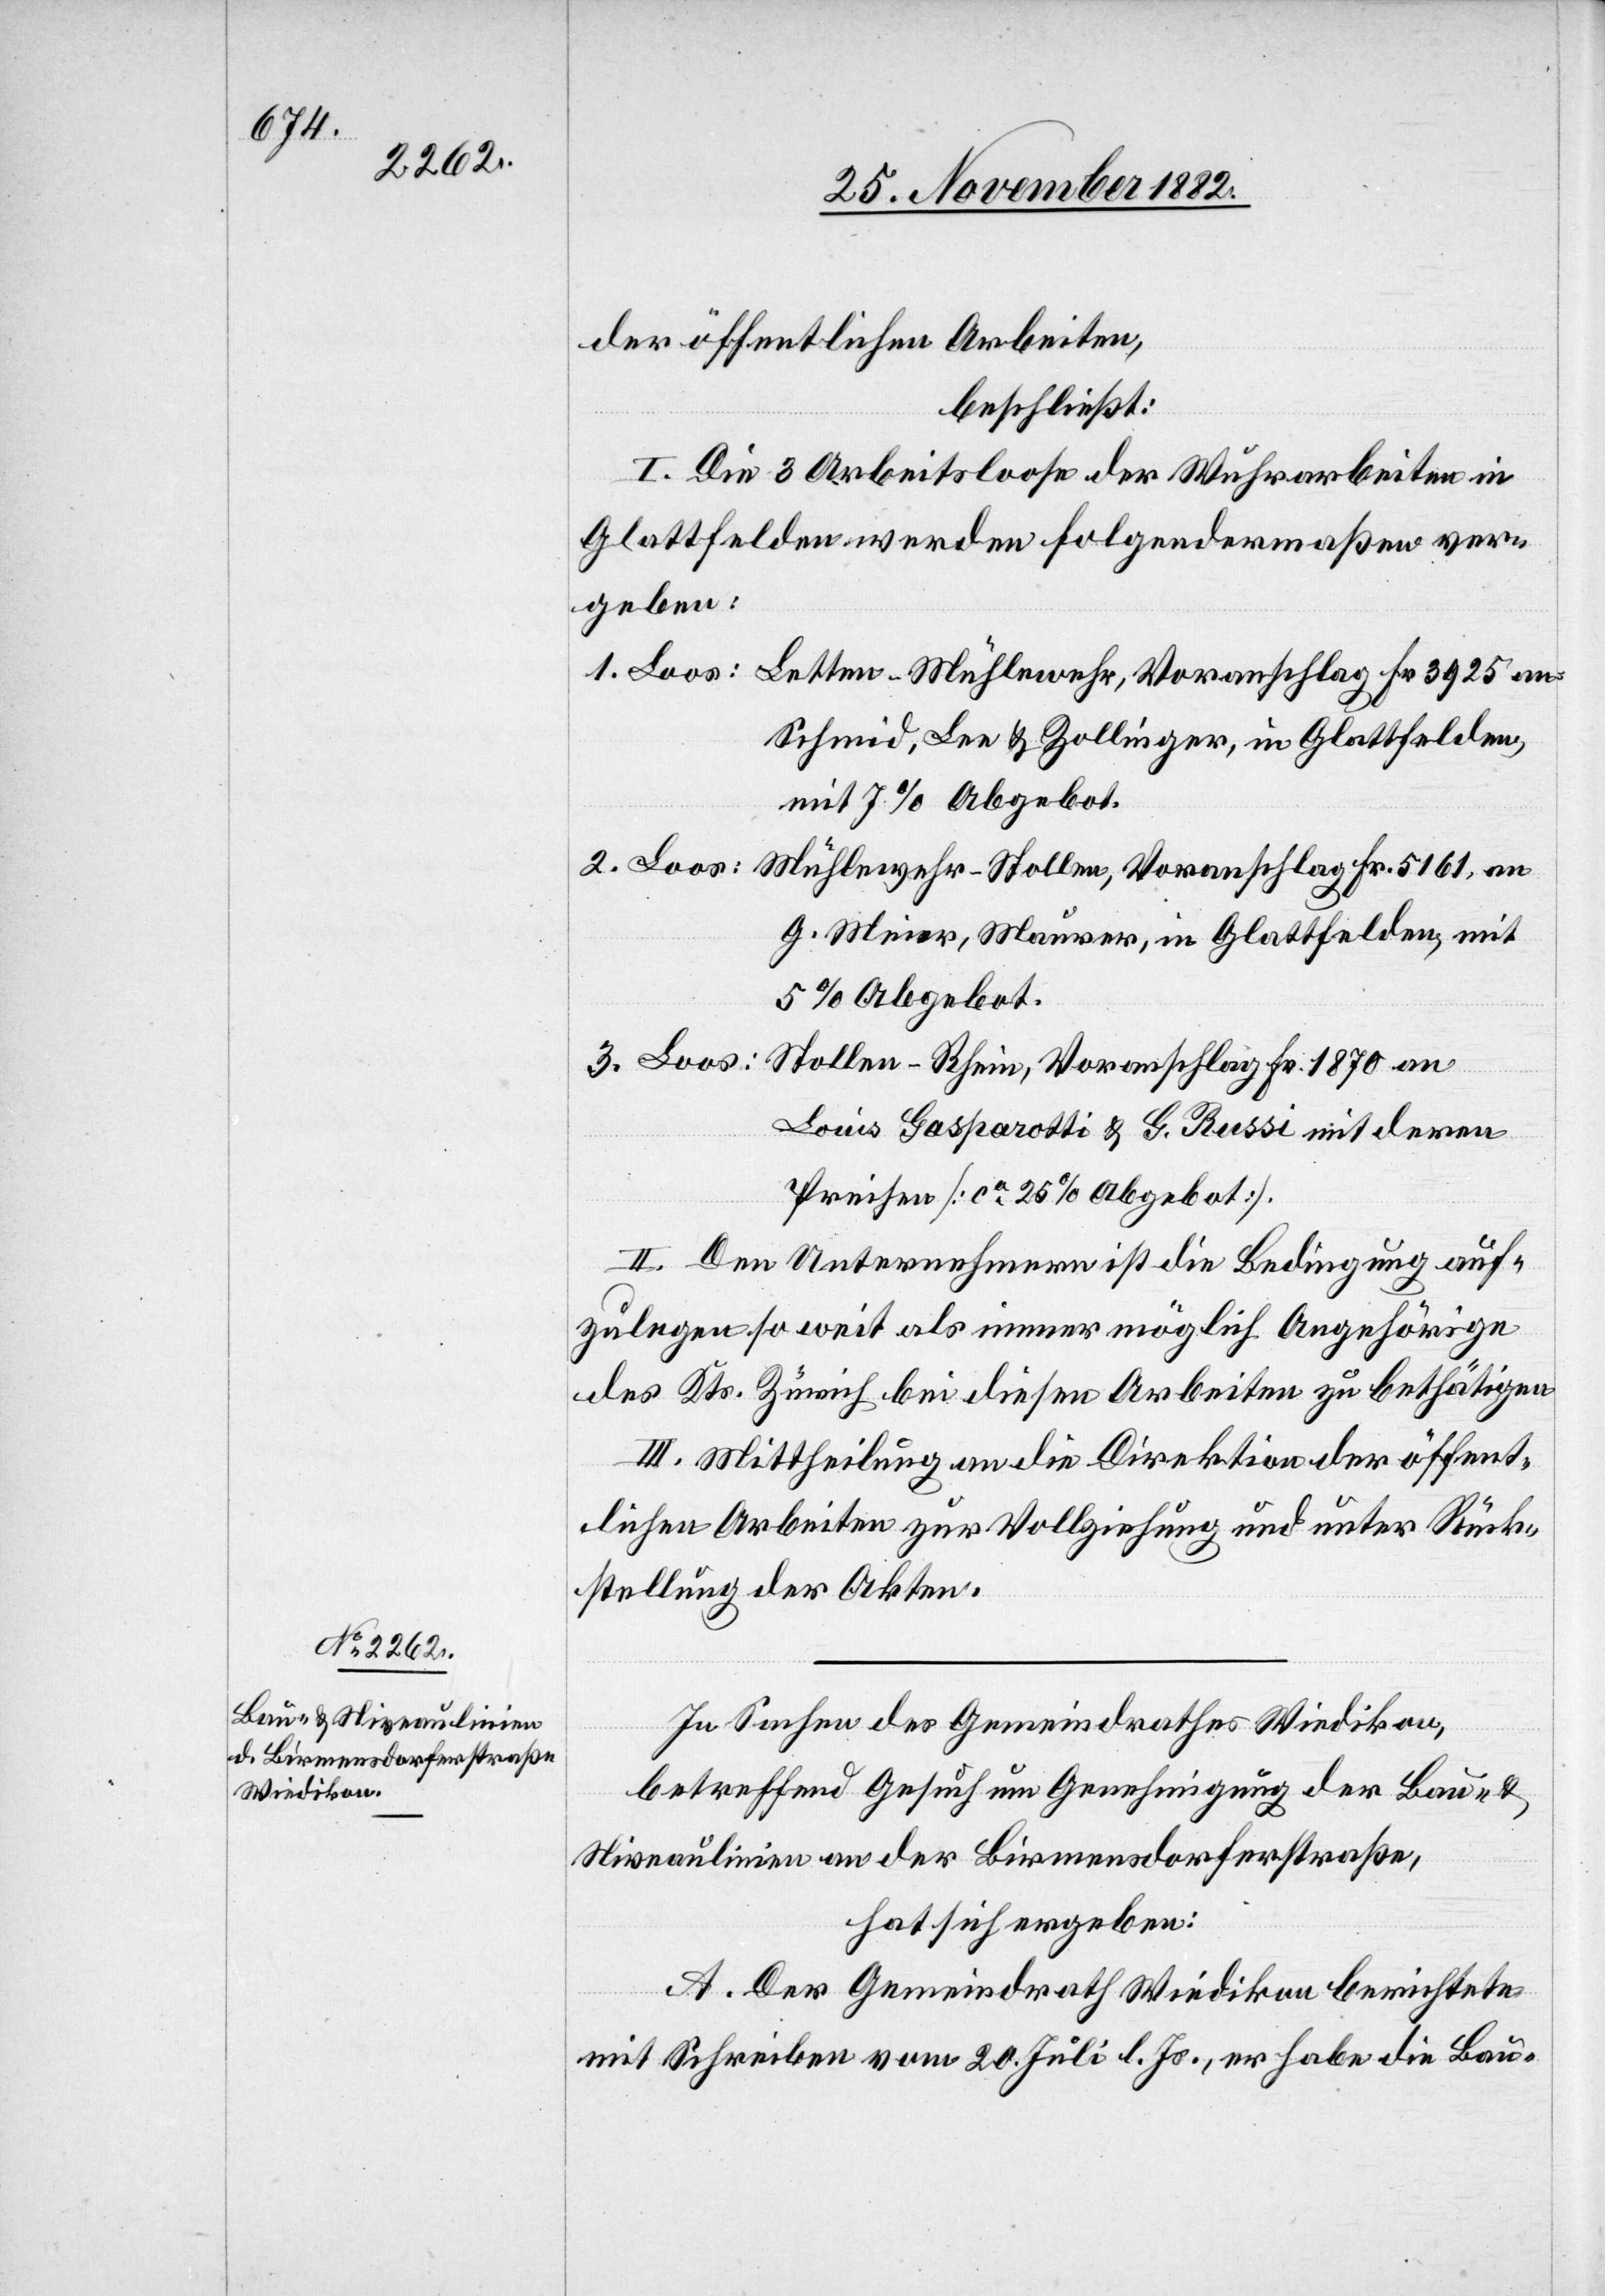
der öffentlichen Arbeiten,
beschließt:
I. Die 3 Arbeitsloose der Wuhrarbeiten in
Glattfelden werden folgendermaßen ver¬
geben:
1. Loos: Letten-Mühlewehr, Voranschlag Fr. 3925 an
Schmid, Leu & Zollinger, in Glattfelden,
mit 7% Abgebot.
2. Loos: Mühlewehr-Stollen, Voranschlag Fr. 5161, an
G. Meier, Maurer, in Glattfelden, mit
5% Abgebot.
3. Loos:
Stollen-Rhein, Voranschlag Fr. 1870 an
Louis Gasparotti & G. Russi mit deren
Preisen [ca 25% Abgebot].
II. Den Unternehmern ist die Bedingung auf¬
zulegen so weit als immer möglich Angehörige
des Kts. Zürich bei diesen Arbeiten zu bethätigen.
III. Mittheilung an die Direktion der öffent¬
lichen Arbeiten zur Vollziehung und unter Rück¬
stellung der Akten.
In Sachen des Gemeindrathes Wiedikon,
betreffend Gesuch um Genehmigung der Bau- &
Niveaulinien an der Birmensdorferstraße,
hat sich ergeben:
A. Der Gemeindrath Wiedikon berichtete
mit Schreiben vom 20. Juli l. Js., er habe die Bau-